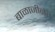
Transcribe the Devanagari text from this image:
बाळाजीनेच